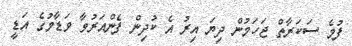
ފުމެ ސަކަރާތް ޖަހަމުން ދިޔަ އިރު އެ ކުދިން ފެންއަރުވާ ވަޑާމުގެ އަޑީ